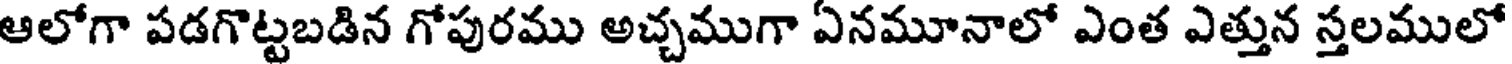
ఆలోగా పడగొట్టబడిన గోపురము అచ్చముగా ఏనమూనాలో ఎంత ఎత్తున స్తలములో